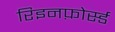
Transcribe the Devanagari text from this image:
रिइनफ़ोर्स्ड